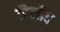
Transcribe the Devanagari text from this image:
विलीव